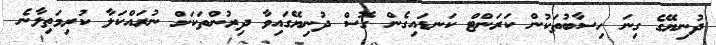
ދުނިޔޭގެ ގިނަ ހިސާބުތަކުން ކަރަންޓް ކަނޑައިގެން ގޮސް ދުނިޔޭގައިވާ ދިރުންތަކަށް ނުރައްކަލާ ކުރިމަތިލާނެ